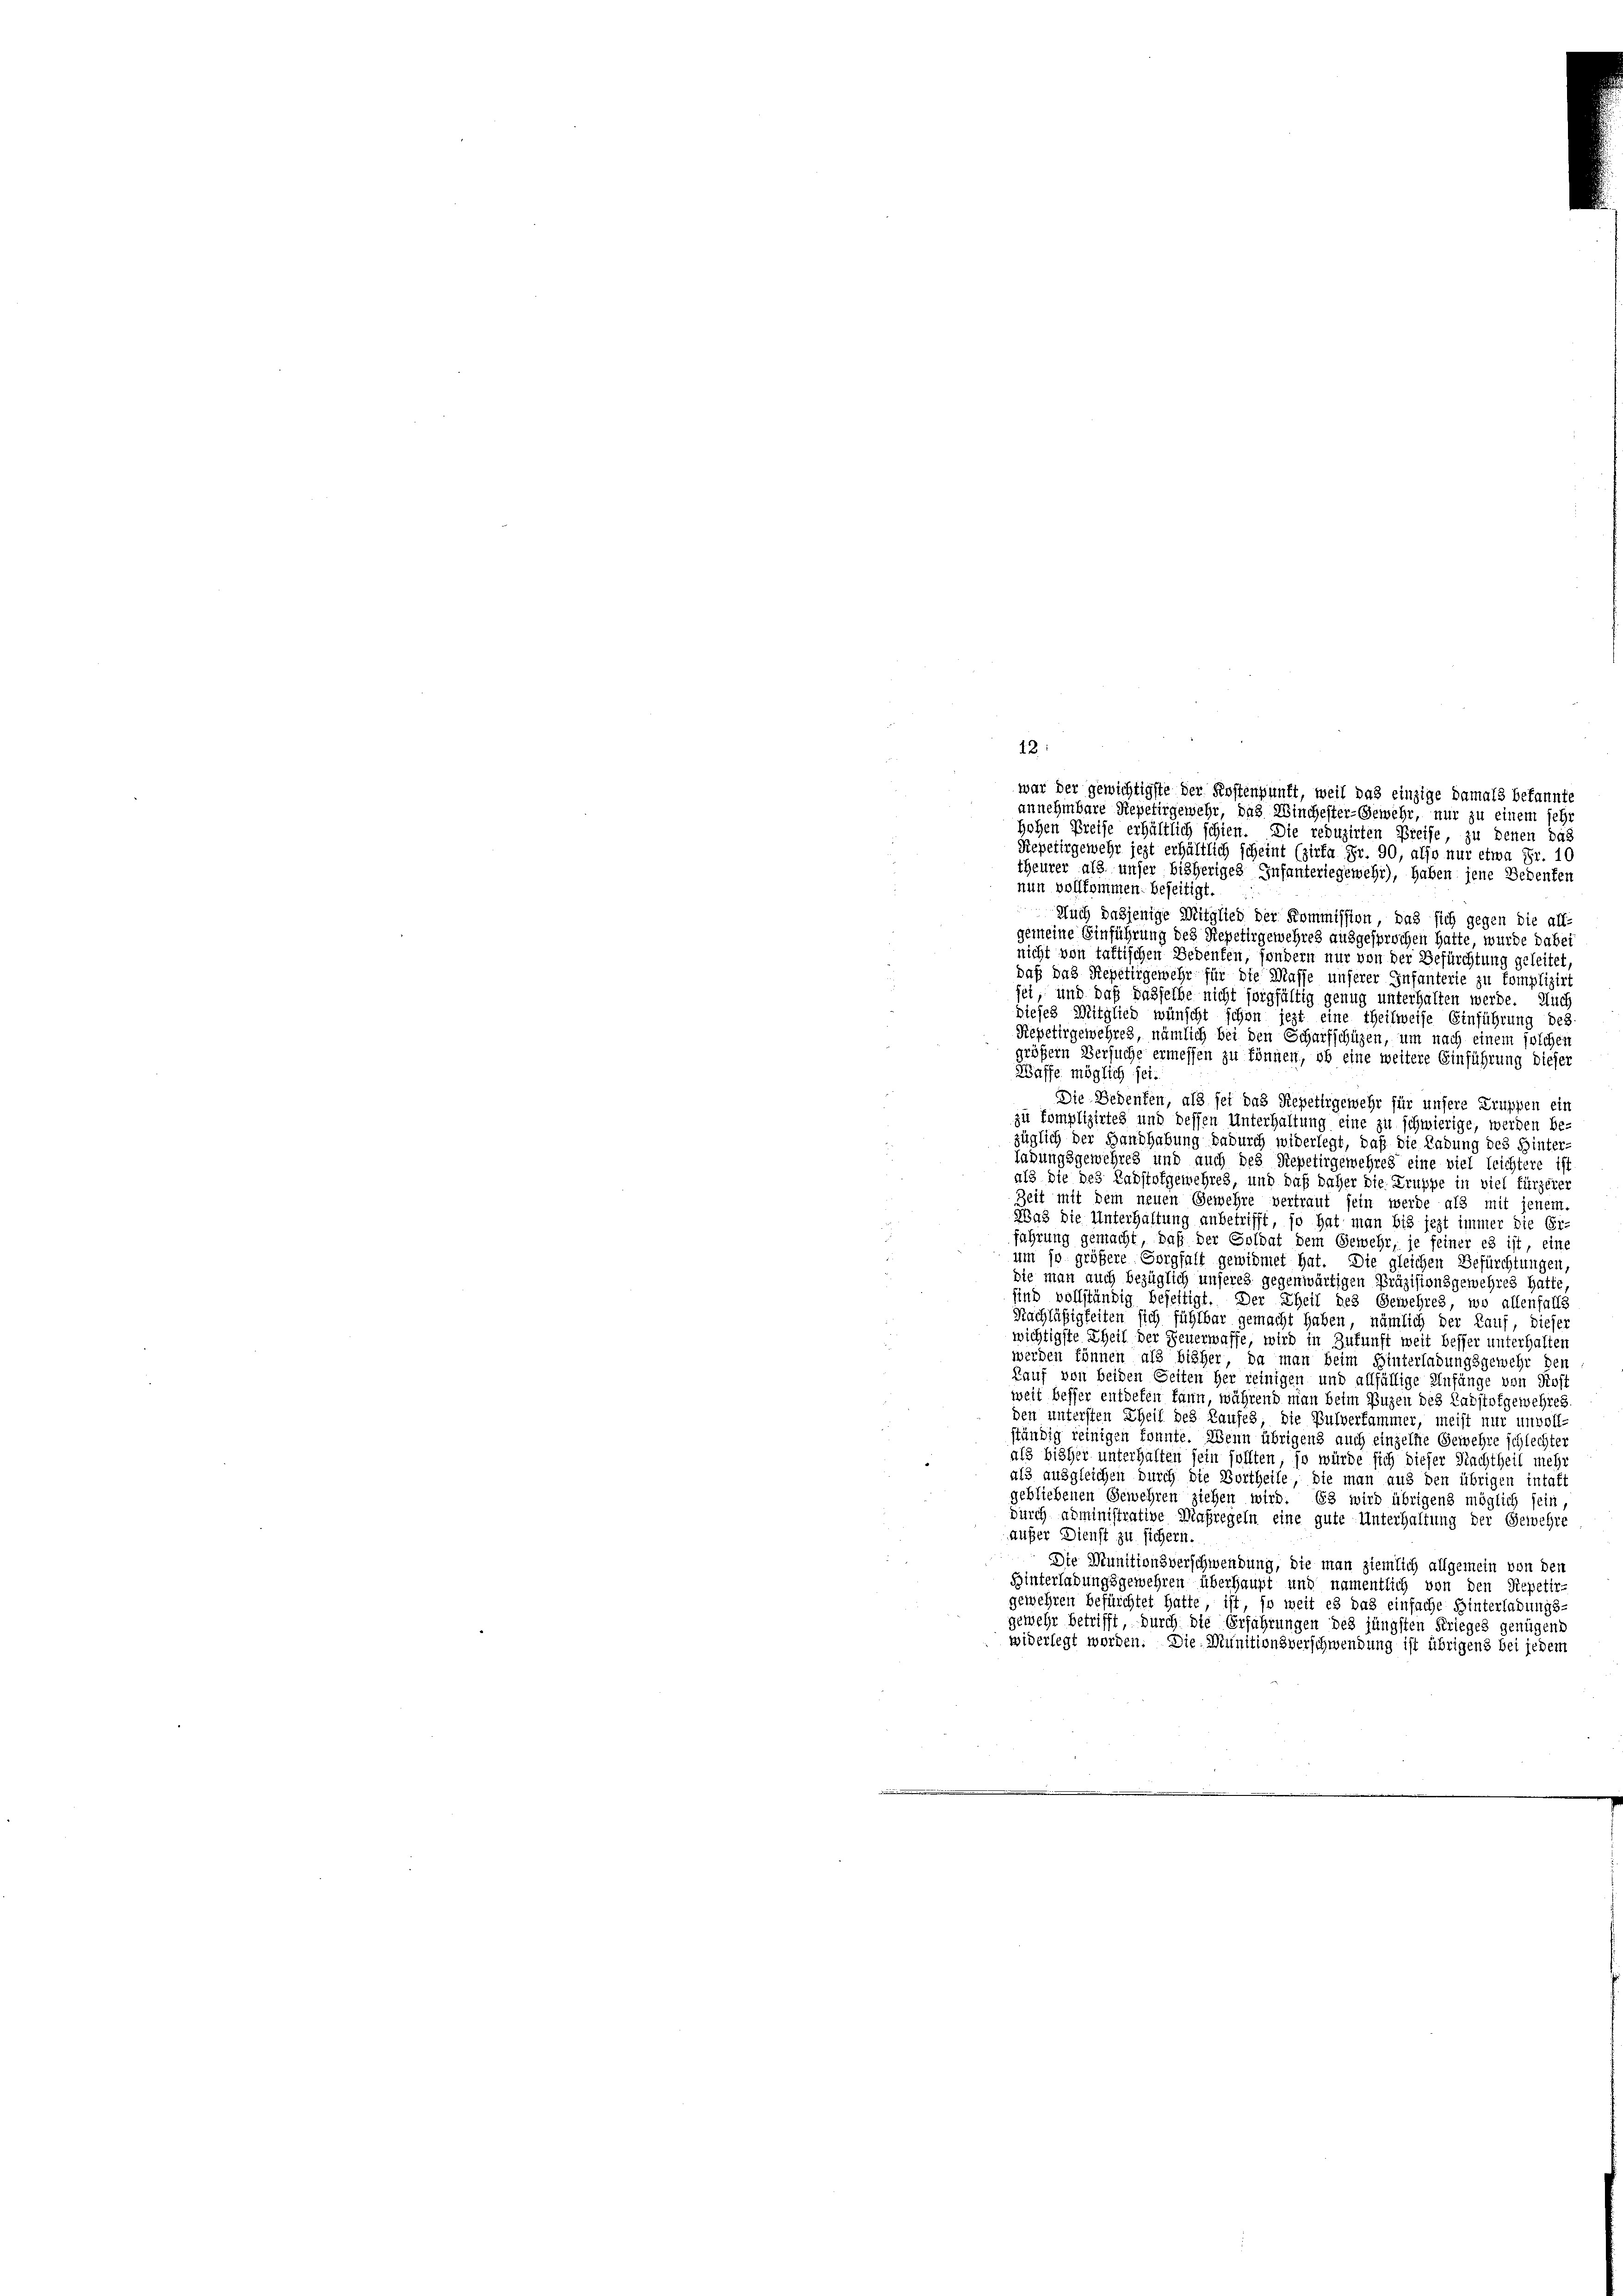
12.

war der gewichtigste der Kostenpunft, weil das einzige Damals bekannte

annehmbare Repetirgewehr, das Winchester-Gewehr, nur zu einem sehr
Hohen Preise erhältlich schien. Die reduzirten Preise zu denen das
Repetirgewehr jezt erhältlich scheint (zirfa Fr. 90, also nur etwa Fr. 10
theurer als unser bisheriges Infanteriegewehr), haben jene Bedenten
nun vollkommen beseitigt.
Auch dasjenige Mitglied der Kommission, das sich gegen die all-
gemeine Einführung des Repetirgewehres ausgesprochen hatte, wurde dabei
nicht von taktischen Bedenken, sondern nur von der Befürchtung geleitet
daß das Repetilgemehr für die Masse unserer Infanterie zu komplizir
sei, und daß dasselbe nicht sorgfältig genug unterhalten werde. Auch
dieses Mitglied wünscht schon jezt eine theilweise Einführung des
Repetirgewehres, nämlich bei den Scharfschützen, um nach einem solchen
größern Versuche ermessen zu können, ob eine weitere Einführung dieser
Waffe möglich sei.
8
Die Bedenken, als sei das Repetirgewehr für unsere Truppen ein
zu komplizirtes und dessen Unterhaltung eine zu schwierige, werden be-
züglich der Handhabung dadurch widerlegt, daß die Ladung des Hinter-
labungsgewehres und auch des Repetirgemehres eine viel leichtere ist
als die des Radstofgemehres, und daß daher die Truppe in viel fürzerer
eit mit dem neuen Gewehre vertraut sein werde als mit jenem
Was die Unterhaltung anbetrifft, so hat man bis jezt immer die Er-
fahrung gemacht, daß der Goldat dem Gewehr, je feiner es ist, eine
um so größere Sorgfalt gewidmet hat. Die gleichen Befürchtungen
die man auch bezüglich unseres gegenwärtigen Präzisionsgemehres hatte
sind vollständig befettigt. Der Theil des Gewehres, wo allenfalls
Nachläßigkeiten sich fühlbar gemacht haben, nämlich der Kauf, dieser
wichtigste Theil der Feuerwaffe, wird in Zukunft weit besser unterhalten
werden können als bisher, da man beim Hinterladungsgewehr den
Kauf von beiden Seiten her reinigen und allfällige Anfänge von Kost
weit besser entdeken kann, während man beim Buzen des Radstofgewehres.
den untersten Theil des Kaufes, die Bulverfammer, meist nur unvoll-
ständig reinigen konnte. Wenn übrigens auch einzelne Gewehre schlechter
als bisher unterhalten sein sollten, so würde sich dieser Nachtheil mehr
als ausgleichen durch die Vortheile, die man aus den übrigen intaft
gebliebenen Gewehren ziehen wird. Es wird übrigens möglich sein,
durch administrative Maßregeln eine gute Unterhaltung der Gewehre
außer Dienst zu sichern.
Die Munitionsverschwendung, die man ziemlich allgemein von den
Hinterladungsgemehren überhaupt und namentlich von den Repetir
gewehren befürchtet hatte ist, so weit es das einfache Hinterladungs-
gewehr betrifft, durch die Erfahrungen des jüngsten Krieges genügend
widerlegt worden. Die Munitionsverschwendung ist übrigens bei jedem